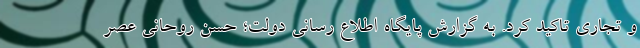
و تجاری تاکید کرد. به گزارش پایگاه اطلاع رسانی دولت؛ حسن روحانی عصر